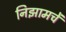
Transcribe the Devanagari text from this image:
निझामचें